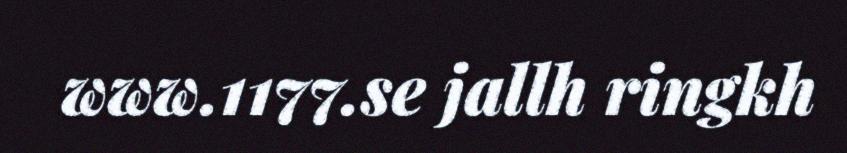
www.1177.se jallh ringkh